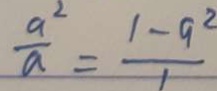
\frac { a ^ { 2 } } { a } = \frac { 1 - 9 ^ { 2 } } { 1 }